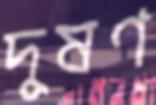
দুষণ